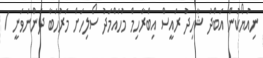
ނިއުޔޯކުން އަބްދު ޝާހިދު ރައީސް އިބްރާހިމް މުހައްމަދު ސޯލިހަށް މަރުހަބާ ދަންނަވަނީ /